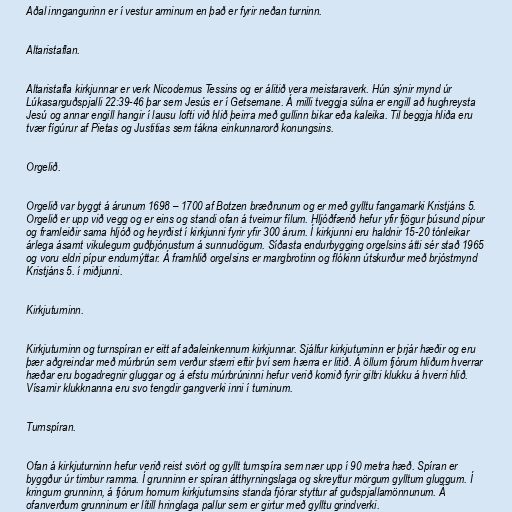
Aðal inngangurinn er í vestur arminum en það er fyrir neðan turninn.

Altaristaflan.

Altaristafla kirkjunnar er verk Nicodemus Tessins og er álitið vera meistaraverk. Hún sýnir mynd úr
Lúkasarguðspjalli 22:39-46 þar sem Jesús er í Getsemane. Á milli tveggja súlna er engill að hughreysta
Jesú og annar engill hangir í lausu lofti við hlið þeirra með gullinn bikar eða kaleika. Til beggja hliða eru
tvær fígúrur af Pietas og Justitias sem tákna einkunnarorð konungsins.

Orgelið.

Orgelið var byggt á árunum 1698 – 1700 af Botzen bræðrunum og er með gylltu fangamarki Kristjáns 5.
Orgelið er upp við vegg og er eins og standi ofan á tveimur fílum. Hljóðfærið hefur yfir fjögur þúsund pípur
og framleiðir sama hljóð og heyrðist í kirkjunni fyrir yfir 300 árum. Í kirkjunni eru haldnir 15-20 tónleikar
árlega ásamt vikulegum guðþjónustum á sunnudögum. Síðasta endurbygging orgelsins átti sér stað 1965
og voru eldri pípur endurnýttar. Á framhlið orgelsins er margbrotinn og flókinn útskurður með brjóstmynd
Kristjáns 5. í miðjunni.

Kirkjuturninn.

Kirkjuturninn og turnspíran er eitt af aðaleinkennum kirkjunnar. Sjálfur kirkjuturninn er þrjár hæðir og eru
þær aðgreindar með múrbrún sem verður stærri eftir því sem hærra er litið. Á öllum fjórum hliðum hverrar
hæðar eru bogadregnir gluggar og á efstu múrbrúninni hefur verið komið fyrir giltri klukku á hverri hlið.
Vísarnir klukknanna eru svo tengdir gangverki inni í turninum.

Turnspíran.

Ofan á kirkjuturninn hefur verið reist svört og gyllt turnspíra sem nær upp í 90 metra hæð. Spíran er
byggður úr timbur ramma. Í grunninn er spíran átthyrningslaga og skreyttur mörgum gylltum gluggum. Í
kringum grunninn, á fjórum hornum kirkjuturnsins standa fjórar styttur af guðspjallamönnunum. Á
ofanverðum grunninum er lítill hringlaga pallur sem er girtur með gylltu grindverki.